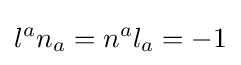
l^{a}n_{a}=n^{a}l_{a}=-1